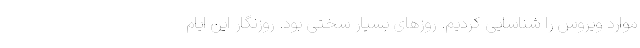
موارد ویروس را شناسایی کردیم. روزهای بسیار سختی بود. روزنگار این ایام